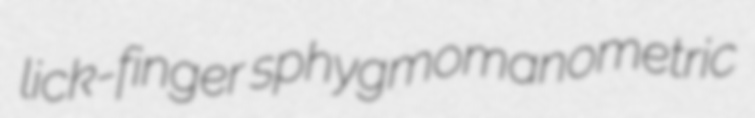
lick-finger sphygmomanometric